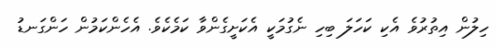
ހިލުން އިތުރުވެ އެކި ކަހަލަ ބިހި ނެގުމަކީ އެކަށީގެންވާ ކަމެކެވެ. އެހެންކަމުން ހަންގަނޑު